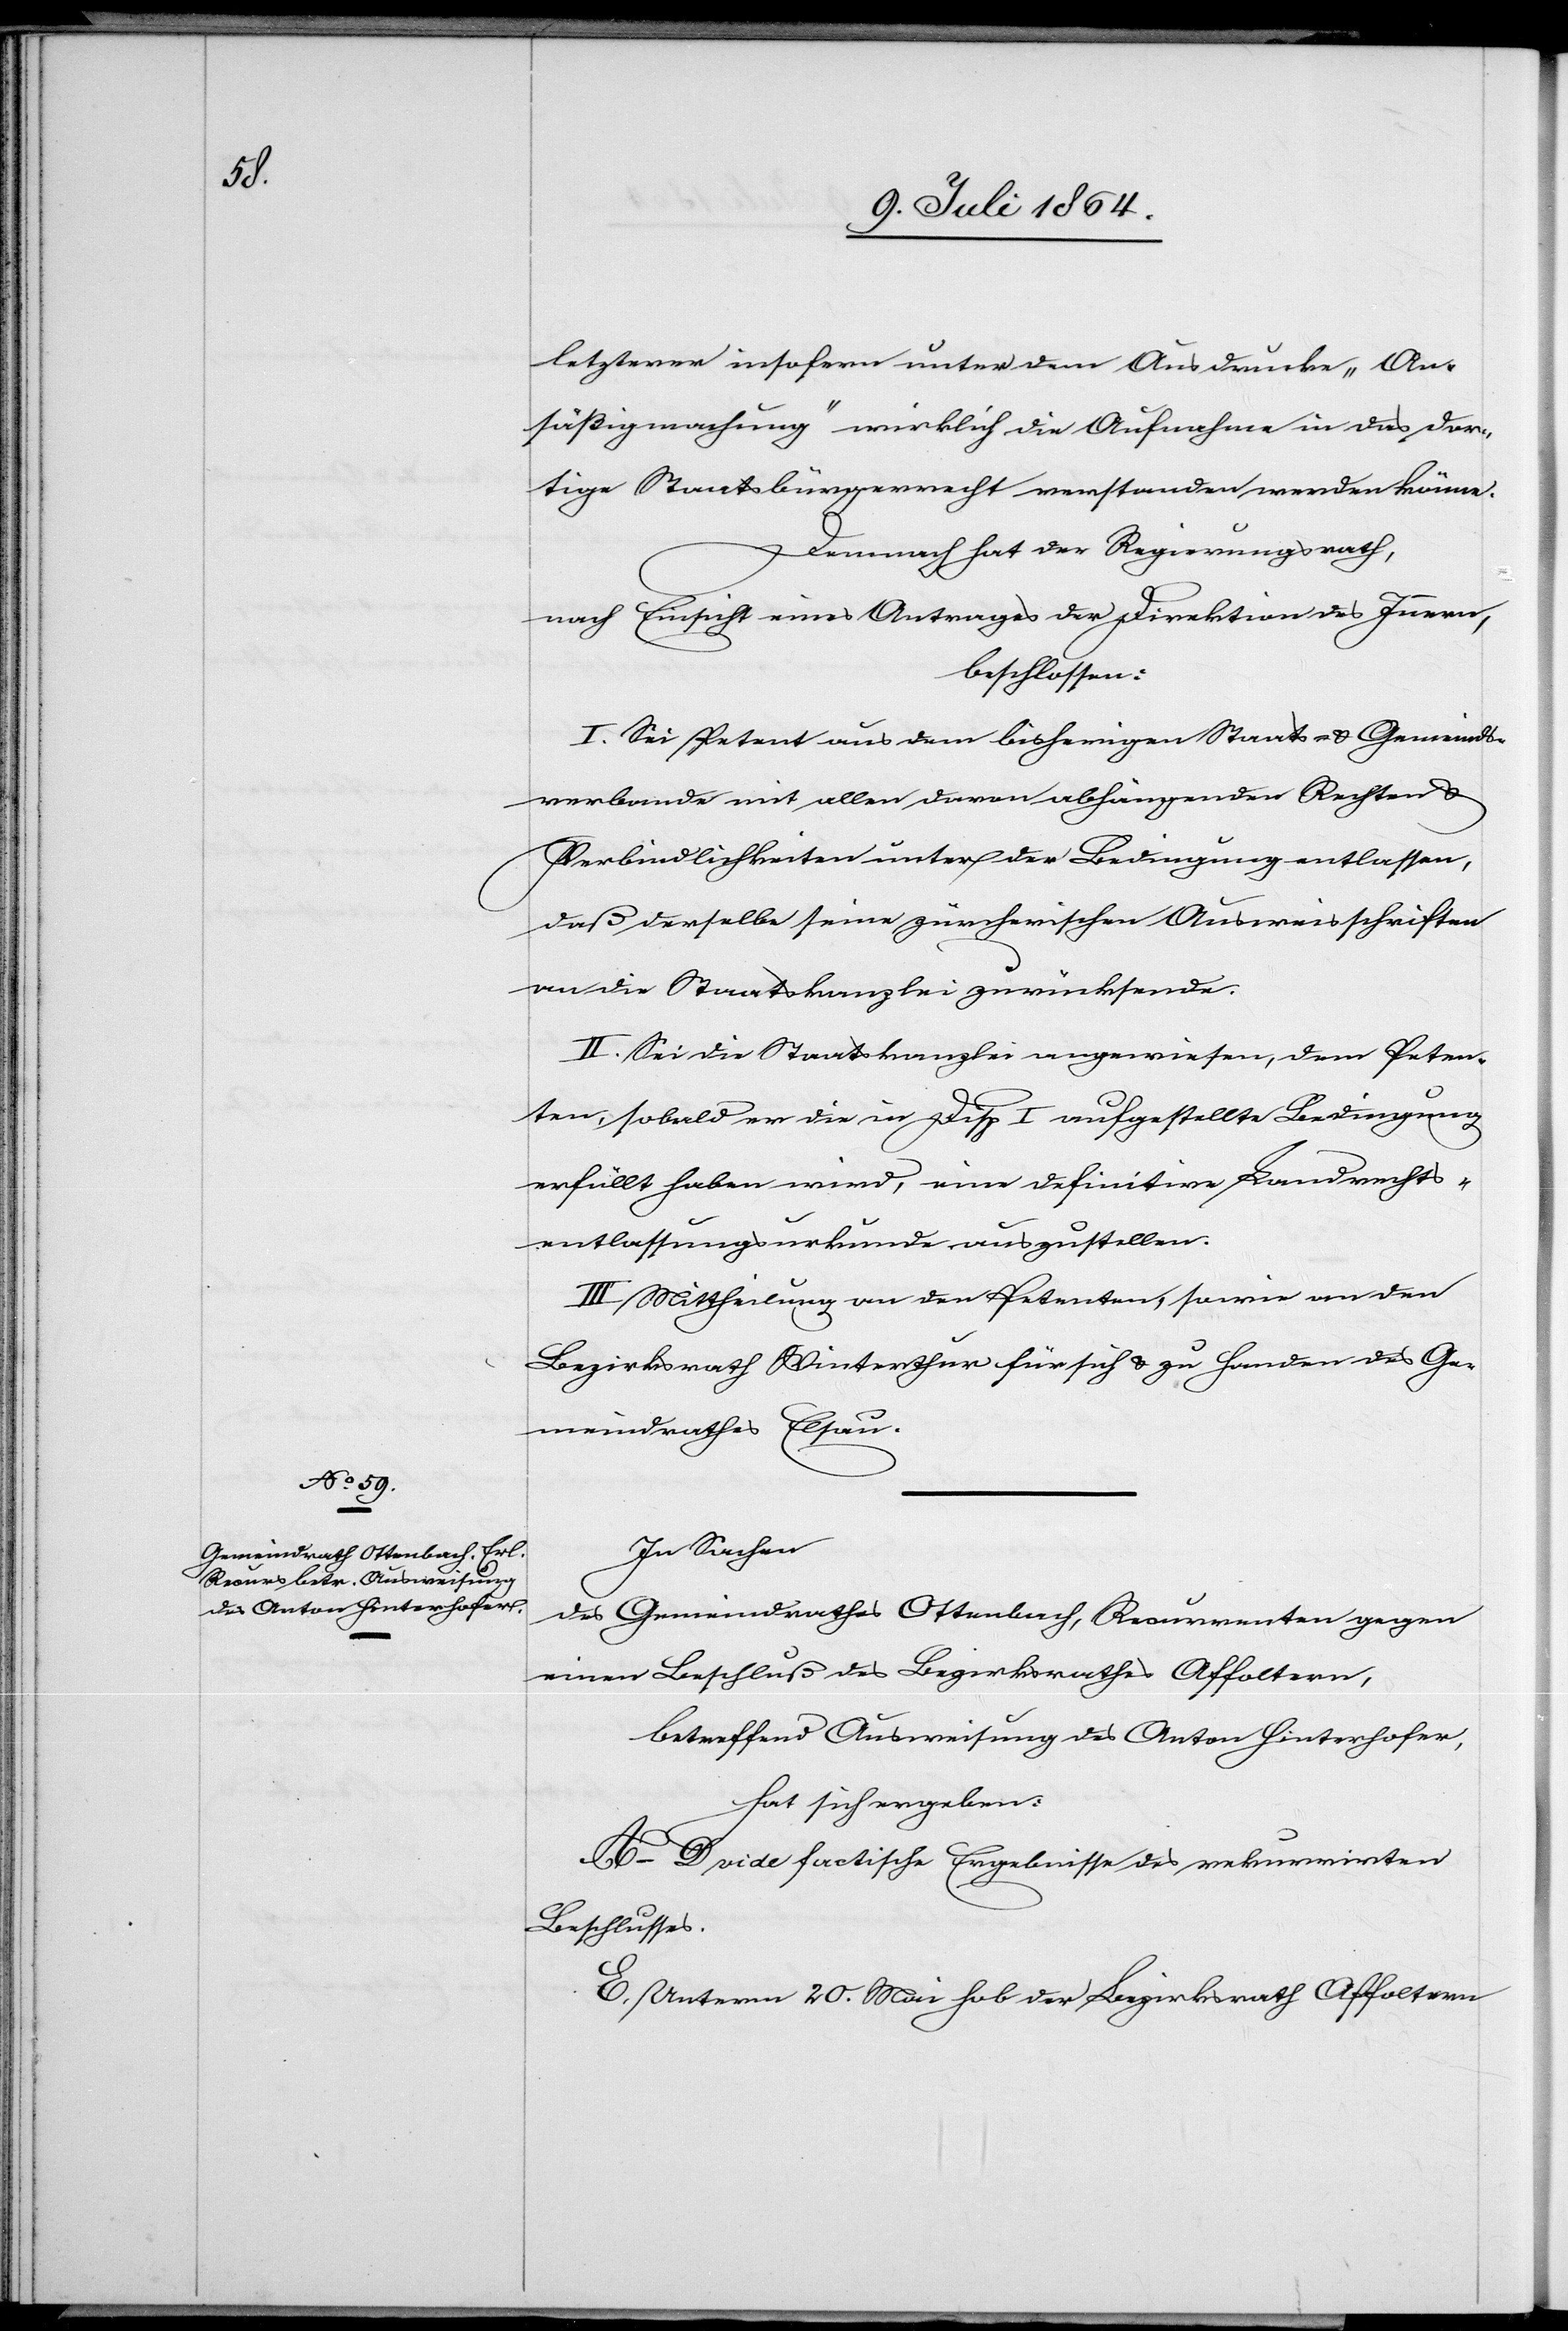
letzterer insofern unter dem Ausdrucke „An¬
säßigmachung“ wirklich die Aufnahme in das dor¬
tige Staatsbürgerrecht verstanden werden könne.
Demnach hat der Regierungsrath,
nach Einsicht eines Antrages der Direktion des Innern,
beschlossen:
I. Sei Petent aus dem bisherigen Staats- u. Gemeinds¬
verbande mit allen davon abhängenden Rechten u.
Verbindlichkeiten unter der Bedingung entlassen,
daß derselbe seine zürcherischen Ausweisschriften
an die Staatskanzlei zurücksende.
II. Sei die Staatskanzlei angewiesen, dem Peten¬
ten, sobald er die in Disp I aufgestellte Bedingung
erfüllt haben wird, eine definitive Landrechts¬
entlassungsurkunde auszustellen.
III. Mittheilung an den Petenten, sowie an den
Bezirksrath Winterthur für sich u. zu Handen des Ge¬
meindrathes Elsau.
In Sachen
des Gemeindrathes Ottenbach, Recurrenten gegen
einen Beschluß des Bezirksrathes Affoltern,
betreffend Ausweisung des Anton Hinterhofer,
hat sich ergeben:
A–D vide factische Ergebnisse des rekurrirten
Beschlusses.
E. Unterm 20. Mai hob der Bezirksrath Affoltern